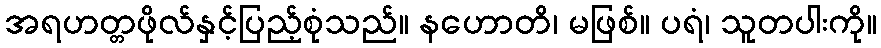
အရဟတ္တဖိုလ်နှင့်ပြည့်စုံသည်။ နဟောတိ၊ မဖြစ်။ ပရံ၊ သူတပါးကို။